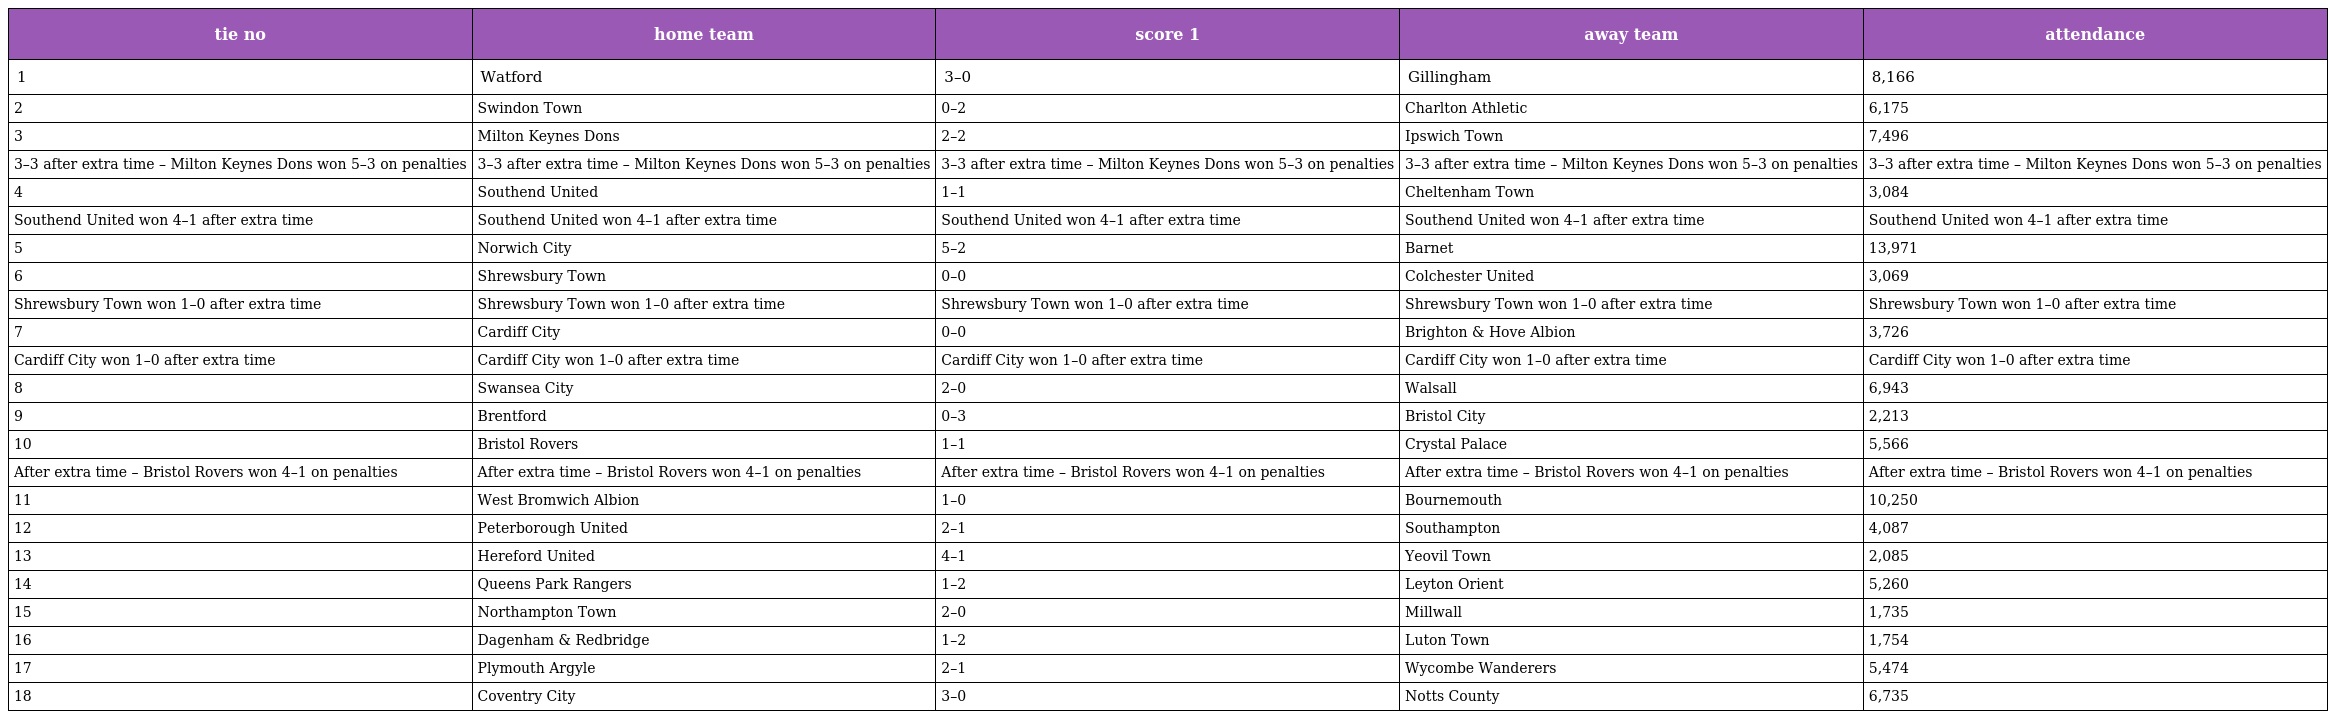
| tie no | home team | score 1 | away team | attendance |
 | --- | --- | --- | --- | --- |
 | 1 | Watford | 3–0 | Gillingham | 8,166 |
 | 2 | Swindon Town | 0–2 | Charlton Athletic | 6,175 |
 | 3 | Milton Keynes Dons | 2–2 | Ipswich Town | 7,496 |
 | 3–3 after extra time – Milton Keynes Dons won 5–3 on penalties | 3–3 after extra time – Milton Keynes Dons won 5–3 on penalties | 3–3 after extra time – Milton Keynes Dons won 5–3 on penalties | 3–3 after extra time – Milton Keynes Dons won 5–3 on penalties | 3–3 after extra time – Milton Keynes Dons won 5–3 on penalties |
 | 4 | Southend United | 1–1 | Cheltenham Town | 3,084 |
 | Southend United won 4–1 after extra time | Southend United won 4–1 after extra time | Southend United won 4–1 after extra time | Southend United won 4–1 after extra time | Southend United won 4–1 after extra time |
 | 5 | Norwich City | 5–2 | Barnet | 13,971 |
 | 6 | Shrewsbury Town | 0–0 | Colchester United | 3,069 |
 | Shrewsbury Town won 1–0 after extra time | Shrewsbury Town won 1–0 after extra time | Shrewsbury Town won 1–0 after extra time | Shrewsbury Town won 1–0 after extra time | Shrewsbury Town won 1–0 after extra time |
 | 7 | Cardiff City | 0–0 | Brighton & Hove Albion | 3,726 |
 | Cardiff City won 1–0 after extra time | Cardiff City won 1–0 after extra time | Cardiff City won 1–0 after extra time | Cardiff City won 1–0 after extra time | Cardiff City won 1–0 after extra time |
 | 8 | Swansea City | 2–0 | Walsall | 6,943 |
 | 9 | Brentford | 0–3 | Bristol City | 2,213 |
 | 10 | Bristol Rovers | 1–1 | Crystal Palace | 5,566 |
 | After extra time – Bristol Rovers won 4–1 on penalties | After extra time – Bristol Rovers won 4–1 on penalties | After extra time – Bristol Rovers won 4–1 on penalties | After extra time – Bristol Rovers won 4–1 on penalties | After extra time – Bristol Rovers won 4–1 on penalties |
 | 11 | West Bromwich Albion | 1–0 | Bournemouth | 10,250 |
 | 12 | Peterborough United | 2–1 | Southampton | 4,087 |
 | 13 | Hereford United | 4–1 | Yeovil Town | 2,085 |
 | 14 | Queens Park Rangers | 1–2 | Leyton Orient | 5,260 |
 | 15 | Northampton Town | 2–0 | Millwall | 1,735 |
 | 16 | Dagenham & Redbridge | 1–2 | Luton Town | 1,754 |
 | 17 | Plymouth Argyle | 2–1 | Wycombe Wanderers | 5,474 |
 | 18 | Coventry City | 3–0 | Notts County | 6,735 |